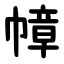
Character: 幛